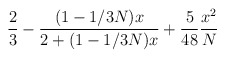
\begin{align*}\frac{2}{3}-\frac{(1-1/3N)x}{2+(1-1/3N)x}+\frac{5}{48}\frac{x^2}{N}\end{align*}